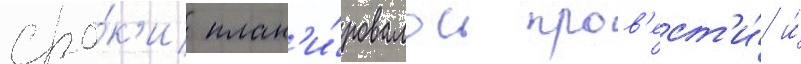
сро́к'и план'и́ровалось пров'ест'и́ и́